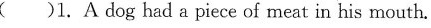
( )1.A dog had a piece of meat in his mouth.